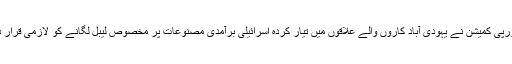
2015ء)یورپی کمیشن نے یہودی آباد کاروں والے علاقوں میں تیار کردہ اسرائیلی برآمدی مصنوعات پر مخصوص لیبل لگانے کو لازمی قرار دے دیا ہے۔